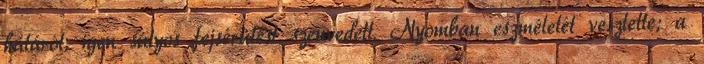
hátáról, igen súlyos fejsérülést szenvedett. Nyomban eszméletét vesztette; a